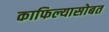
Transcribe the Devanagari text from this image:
काफिल्यासोबत